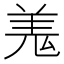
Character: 𮊦